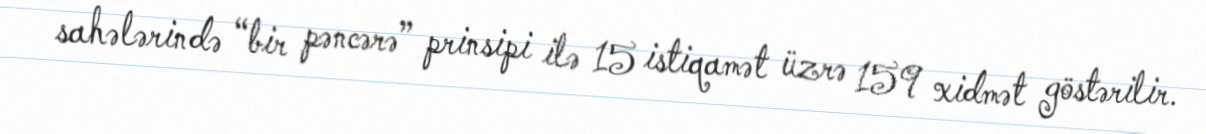
sahələrində “bir pəncərə” prinsipi ilə 15 istiqamət üzrə 159 xidmət göstərilir.